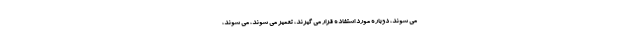
می شوند، دوباره مورد استفاده قرار می گیرند، تعمیر می شوند، می شوند،